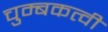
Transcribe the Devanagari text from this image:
चुम्बकत्वी